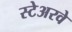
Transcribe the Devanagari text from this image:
स्टेअरवे